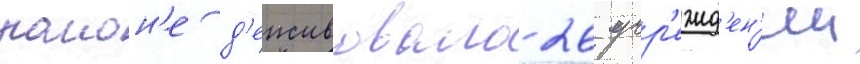
раион'е д'еиствовало 26 учр'ежд'ен'ии